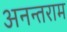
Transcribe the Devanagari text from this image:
अनन्तराम